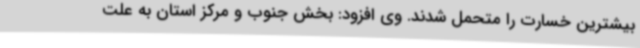
بیشترین خسارت را متحمل شدند. وی افزود: بخش جنوب و مرکز استان به علت